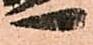
へ